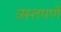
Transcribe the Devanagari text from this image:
त्रस्तपणे